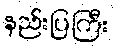
နည်းပြကြီး